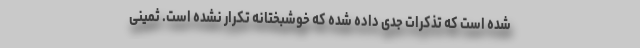
شده است که تذکرات جدی داده شده که خوشبختانه تکرار نشده است. ثمینی